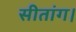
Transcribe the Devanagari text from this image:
सीतांग।